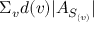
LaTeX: \Sigma _ { v } d ( v ) | A _ { S _ { ( v ) } } |